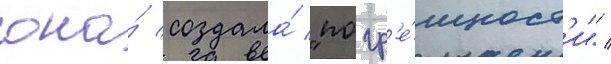
она́ создала́ "погр'е́шност'и" /